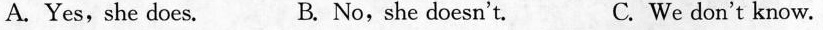
A. Yes,she does. B. No,she doesn't. C. We don't know.